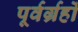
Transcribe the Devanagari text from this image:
पूर्वर्ग्रहों